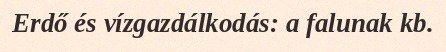
Erdő és vízgazdálkodás: a falunak kb.